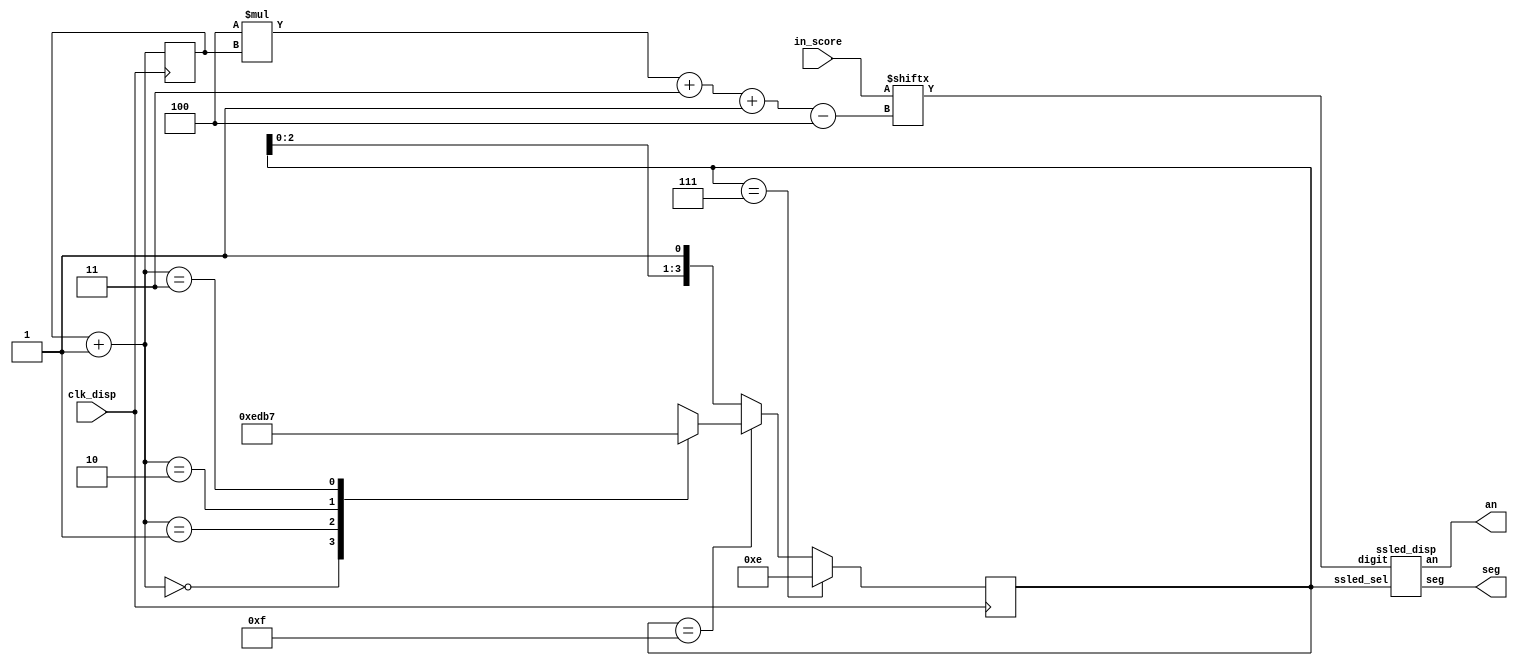
`timescale 1ns / 1ps

module ssled(
	input [15:0] in_score,
	input clk_disp,
	output [6:0] seg,
	output [3:0] an
    );
// AN3 - AN0
// CA - CG

	reg [3:0] unary;
    reg [1:0] binary;
	wire [3:0] d;
	initial begin
		unary = 4'b1110;
		binary = 2'b0;
	end

	wire [15:0] n;
	assign n = in_score;
	assign d = n[ ( 4 * binary + 3) -: 4];
	
	ssled_disp _disp(.digit(d), .ssled_sel(unary), .seg(seg), .an(an));
	
	function [3:0] binary_to_unary;
	input [1:0] bin;
	begin
		case (bin[1:0])
			2'b00: binary_to_unary = 4'b1110;
			2'b01: binary_to_unary = 4'b1101;
			2'b10: binary_to_unary = 4'b1011;
			2'b11: binary_to_unary = 4'b0111;
		endcase
	end
	endfunction



	function [15:0] bcd(input [15:0] bin) ; 
	reg [7:0] i;
	begin
		bcd = 0;
		for (i = 0; i < 16; i = i+1) //run for 8 iterations
			begin
				bcd = {bcd[14:0],bin[15-i]}; //concatenation
				//if a hex digit of 'bcd' is more than 4, add 3 to it.  
				if(i < 15 && bcd[3:0] > 4) 
					bcd[3:0] = bcd[3:0] + 3;
				if(i < 15 && bcd[7:4] > 4)
					bcd[7:4] = bcd[7:4] + 3;    
				if(i < 15 && bcd[11:8] > 4)
					bcd[11:8] = bcd[11:8] + 3;  
				if(i < 15 && bcd[15:12] > 4)
					bcd[15:12] = bcd[15:12] + 3;  
			end
	end
	endfunction







integer f;
	initial begin
		//f = $fopen("ssled.txt", "w");
	end
	
	always @ (posedge clk_disp) begin
	
		//$display("ssled: from ssled_disp: %d %d : %d %d", n[15:12], n[11:8], n[7:4], n[3:0]);
		//$display("ssled: binary = %d, digit = %d", binary, d);

		//$fwrite(f, "%b,%b\n", seg, an);
		binary <= binary + 1'b1;
		
		if (unary == 4'b0111) begin
			unary <= 4'b1110;
		end else if ( unary == 4'b1111) begin
			unary <= binary_to_unary(binary + 1'b1);
		end else begin
			unary <= {unary[2:0], 1'b1};
		end
		
		//$display("displaying unary %b, binary %d", unary, binary);
	end		
endmodule


module ssled_disp(
	input [3:0] digit,
	input [3:0] ssled_sel,
	output [6:0] seg,
	output [3:0] an
);	
   reg [6:0] seg_reg;
   reg [3:0] an_reg;
	reg [6:0] map[0:9];

	assign seg[6:0] = seg_reg[6:0];
	assign an[3:0] = an_reg[3:0];

	initial begin
		seg_reg[6:0] = 7'b0;
		an_reg[3:0] = 4'b0;
		map[0] = 7'b1000000;
		map[1] = 7'b1111001;
		map[2] = 7'b0100100;
		map[3] = 7'b0110000;
		map[4] = 7'b0011001;
		map[5] = 7'b0010010;
		map[6] = 7'b0000010;
		map[7] = 7'b1111000;
		map[8] = 7'b0000000;
		map[9] = 7'b0010000;
	end
	
	
function [6:0] ssled_map(
	input [3:0] digit_
	);
	begin
		if (digit_ < 4'b1010)
			ssled_map = map[digit_];
		else
			ssled_map = 7'b0;
	end
endfunction


	always @* begin
		seg_reg[6:0] = ssled_map(digit);
		an_reg[3:0] = ssled_sel[3:0];
	end
	
endmodule